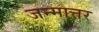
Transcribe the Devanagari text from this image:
जन्मात्तर